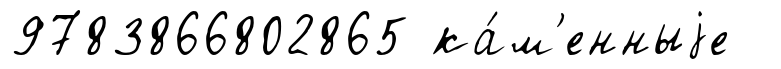
9783866802865 ка́м'енныjе